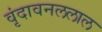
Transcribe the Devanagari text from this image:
वृंदावनललाल